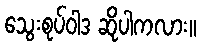
သွေးစုပ်ဝါဒ ဆိုပါကလား။